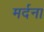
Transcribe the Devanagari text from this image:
मर्दना